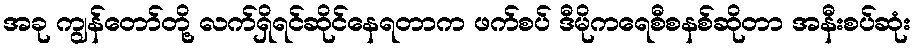
အခု ကျွန်တော်တို့ လက်ရှိရင်ဆိုင်နေရတာက ဖက်စပ် ဒီမိုကရေစီစနစ်ဆိုတာ အနီးစပ်ဆုံး